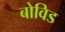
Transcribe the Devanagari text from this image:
बोविड